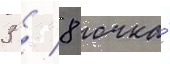
3 / 8 очка́